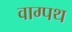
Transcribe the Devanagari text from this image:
वाग्पथ